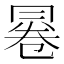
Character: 㒽